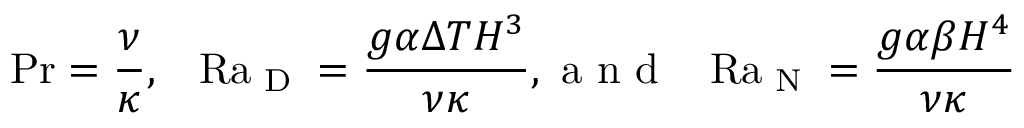
\ifmmode \mathrm { P r } \else \mathrm { P r } \fi = \frac { \nu } { \kappa } , \thickspace \thickspace \thickspace \ifmmode \mathrm { R a } _ { \textrm { D } } \else \mathrm { R a } _ { \textrm { D } } \fi = \frac { g \alpha \Delta T H ^ { 3 } } { \nu \kappa } , \textrm { a n d } \thickspace \thickspace \thickspace \ifmmode \mathrm { R a } _ { \textrm { N } } \else \mathrm { R a } _ { \textrm { N } } \fi = \frac { g \alpha \beta H ^ { 4 } } { \nu \kappa }